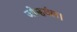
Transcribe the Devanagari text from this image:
जोम्हवंल।